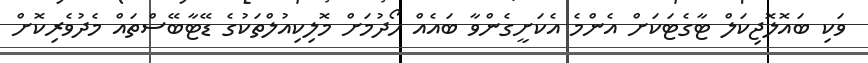
ވަކި ބައޮލޮޖިކަލް ޓާގެޓަކަށް އެންމެ އެކަށީގެންވާ ބައެއް ހޯދުމަށް މޮލިކިއުލްތަކުގެ ޑޭޓާބޭސްތައް މެދުވެރިކޮށް